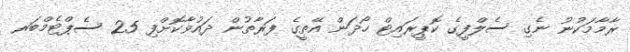
ރާމާމަކުނު ނެގި ސެލްފީގެ ކޮޕީރައިޓް ހޯދަން އޭތީގެ ފަރާތުން ދައުވާކޮށްފި 25 ސެޕްޓެމްބަރ